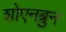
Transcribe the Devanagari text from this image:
शोएनब्रुन